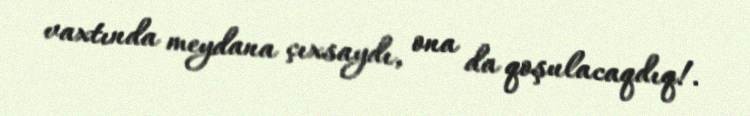
vaxtında meydana çıxsaydı, ona da qoşulacaqdıq!.